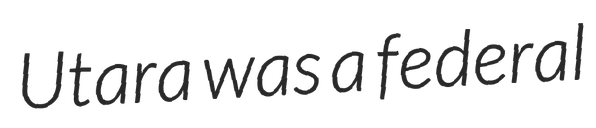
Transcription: Utara was a federal